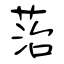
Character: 菭